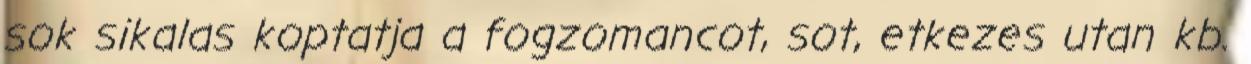
sok sikalas koptatja a fogzomancot, sot, etkezes utan kb.